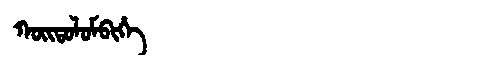
Manchu: ᡴᠣᡳᡨᠣᠯᠣᠮᠪᡳᡥᡝ
Romanization: KOITOLOMBIHE